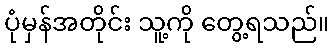
ပုံမှန်အတိုင်း သူ့ကို တွေ့ရသည်။